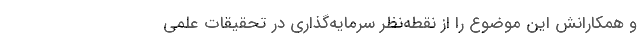
و همکارانش این موضوع را از نقطه‌نظر سرمایه‌گذاری در تحقیقات علمی